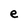
Character: e